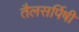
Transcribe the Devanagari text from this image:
तैलसर्पिषी